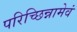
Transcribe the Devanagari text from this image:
परिच्छिन्नामेवं